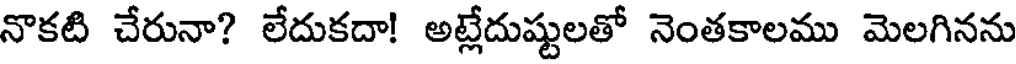
నొకటి చేరునా? లేదుకదా! అట్లేదుష్టులతో నెంతకాలము మెలగినను